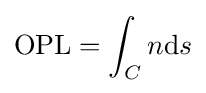
\mathrm {OPL} =\int _{C}n\mathrm {d} s